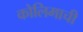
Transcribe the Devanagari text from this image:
कोलिमाची